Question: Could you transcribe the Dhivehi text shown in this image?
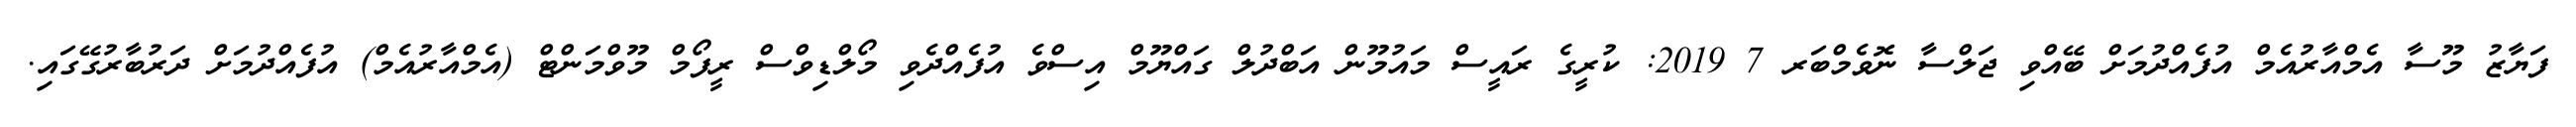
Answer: ފަޔާޒު މޫސާ އެމްއާރުއެމް އުފެއްދުމަށް ބޭއްވި ޖަލްސާ ނޮވެމްބަރ 7 2019: ކުރީގެ ރައީސް މައުމޫން އަބްދުލް ގައްޔޫމް އިސްވެ އުފެއްދެވި މޯލްޑިވްސް ރީފޯމް މޫވްމަންޓް (އެމްއާރުއެމް) އުފެއްދުމަށް ދަރުބާރުގޭގައި.